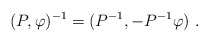
\begin{align*}(P,\varphi)^{-1}=(P^{-1}, -P^{-1}\varphi)~.\end{align*}